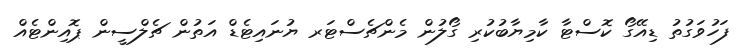
ފަހުވަގުތު ޑިއޭގޯ ކޮސްޓާ ކާމިޔާބުކުރި ގޯލުން މެންޗެސްޓަރ ޔުނައިޓެޑް އަތުން ޗެލްސީން ޕޮއިންޓެއް